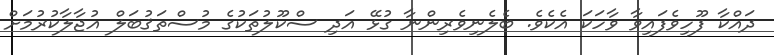
ދައްކާ ފޫހިވެފައިވާ ވާހަކަ އެކެވެ. ބެލެނިވެރިންނާ ގުޅޭ އަދި ސްކޫލުތަކުގެ މުސްތަޤުބަލް އުޖާލާކުރުމަށް